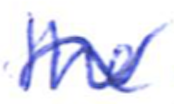
Text: the
Cross-out: wave
Writing tool: ballpoint